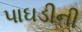
પાઘડીની